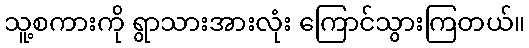
သူ့စကားကို ရွာသားအားလုံး ကြောင်သွားကြတယ်။